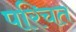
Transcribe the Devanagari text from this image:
परिचत